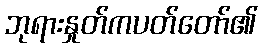
ဘုရားနှုတ်ကပတ်တော်၏